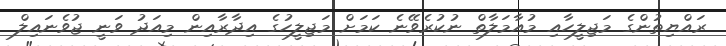
ރައްޔިތުންގެ މަޖިލީހާއި މުއާމަލާތް ނުކުރެވޭނެ ކަމަށް މަޖިލީހުގެ އިދާރާއިން މިއަދު ވަނީ ޖުވެނައިލް